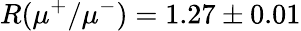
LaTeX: R(\mu^{+}/\mu^{-})=1.27\pm 0.01